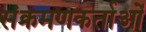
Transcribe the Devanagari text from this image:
संक्रमणकर्ताओं